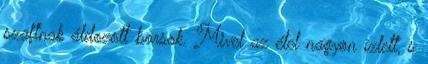
szaftnak áldozott borsok. Mivel az étel nagyon ízlett, s